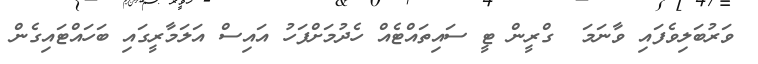
ވަރުބަލިވެފައި ވާނަމަ  ގްރީން ޓީ ސައިތައްޓެއް ހެދުމަށްފަހު އައިސް އަލަމާރީގައި ބަހައްޓައިގެން